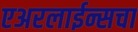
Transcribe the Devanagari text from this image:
एअरलाईन्सचा